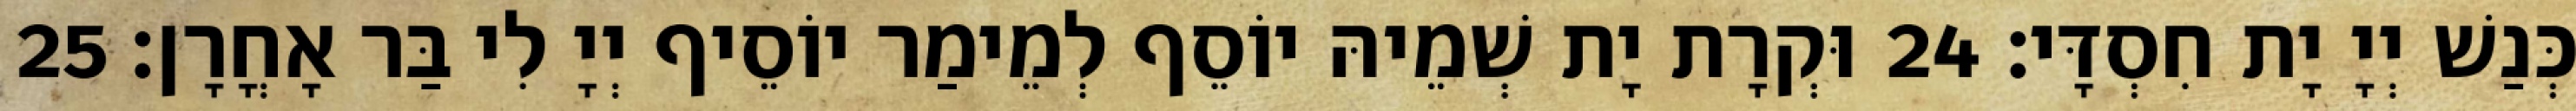
כְּנַשׁ יְיָ יָת חִסְדָּי׃ 24 וּקְרָת יָת שְׁמֵיהּ יוֹסֵף לְמֵימַר יוֹסֵיף יְיָ לִי בַּר אָחֳרָן׃ 25